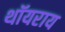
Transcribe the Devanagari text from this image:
थॉयराय